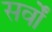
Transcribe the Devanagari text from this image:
सर्वों